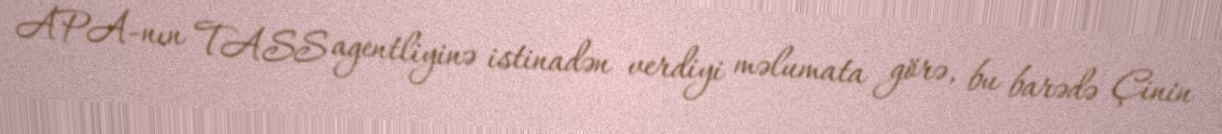
APA-nın TASS agentliyinə istinadən verdiyi məlumata görə, bu barədə Çinin